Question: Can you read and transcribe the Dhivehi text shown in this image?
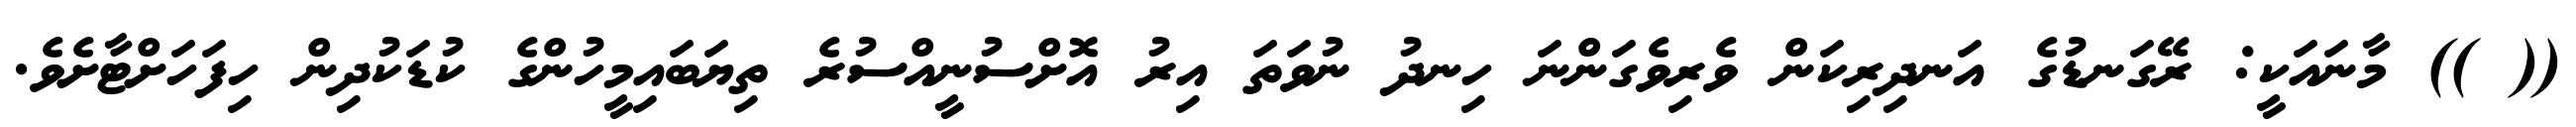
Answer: (( )) މާނައަކީ: ރޭގަނޑުގެ އަނދިރިކަން ވެރިވެގަންނަ ހިނދު ނުވަތަ އިރު އޮށްސުނީއްސުރެ ތިޔަބައިމީހުންގެ ކުޑަކުދިން ހިފަހަށްޓާށެވެ.